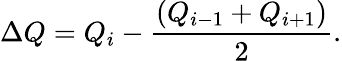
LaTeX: \Delta Q=Q_{i}-\frac{(Q_{i-1}+Q_{i+1})}{2}.